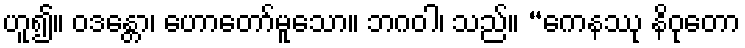
ဟူ၍။ ဝဒန္တော၊ ဟောတော်မူသော။ ဘဂဝါ၊ သည်။ “ကေနဿု နိဝုတော